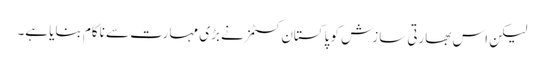
لیکن اس بھارتی سازش کو پاکستان کسٹمز نے بڑی مہارت سے ناکام بنایا ہے۔